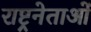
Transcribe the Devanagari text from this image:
राष्ट्रनेताओं